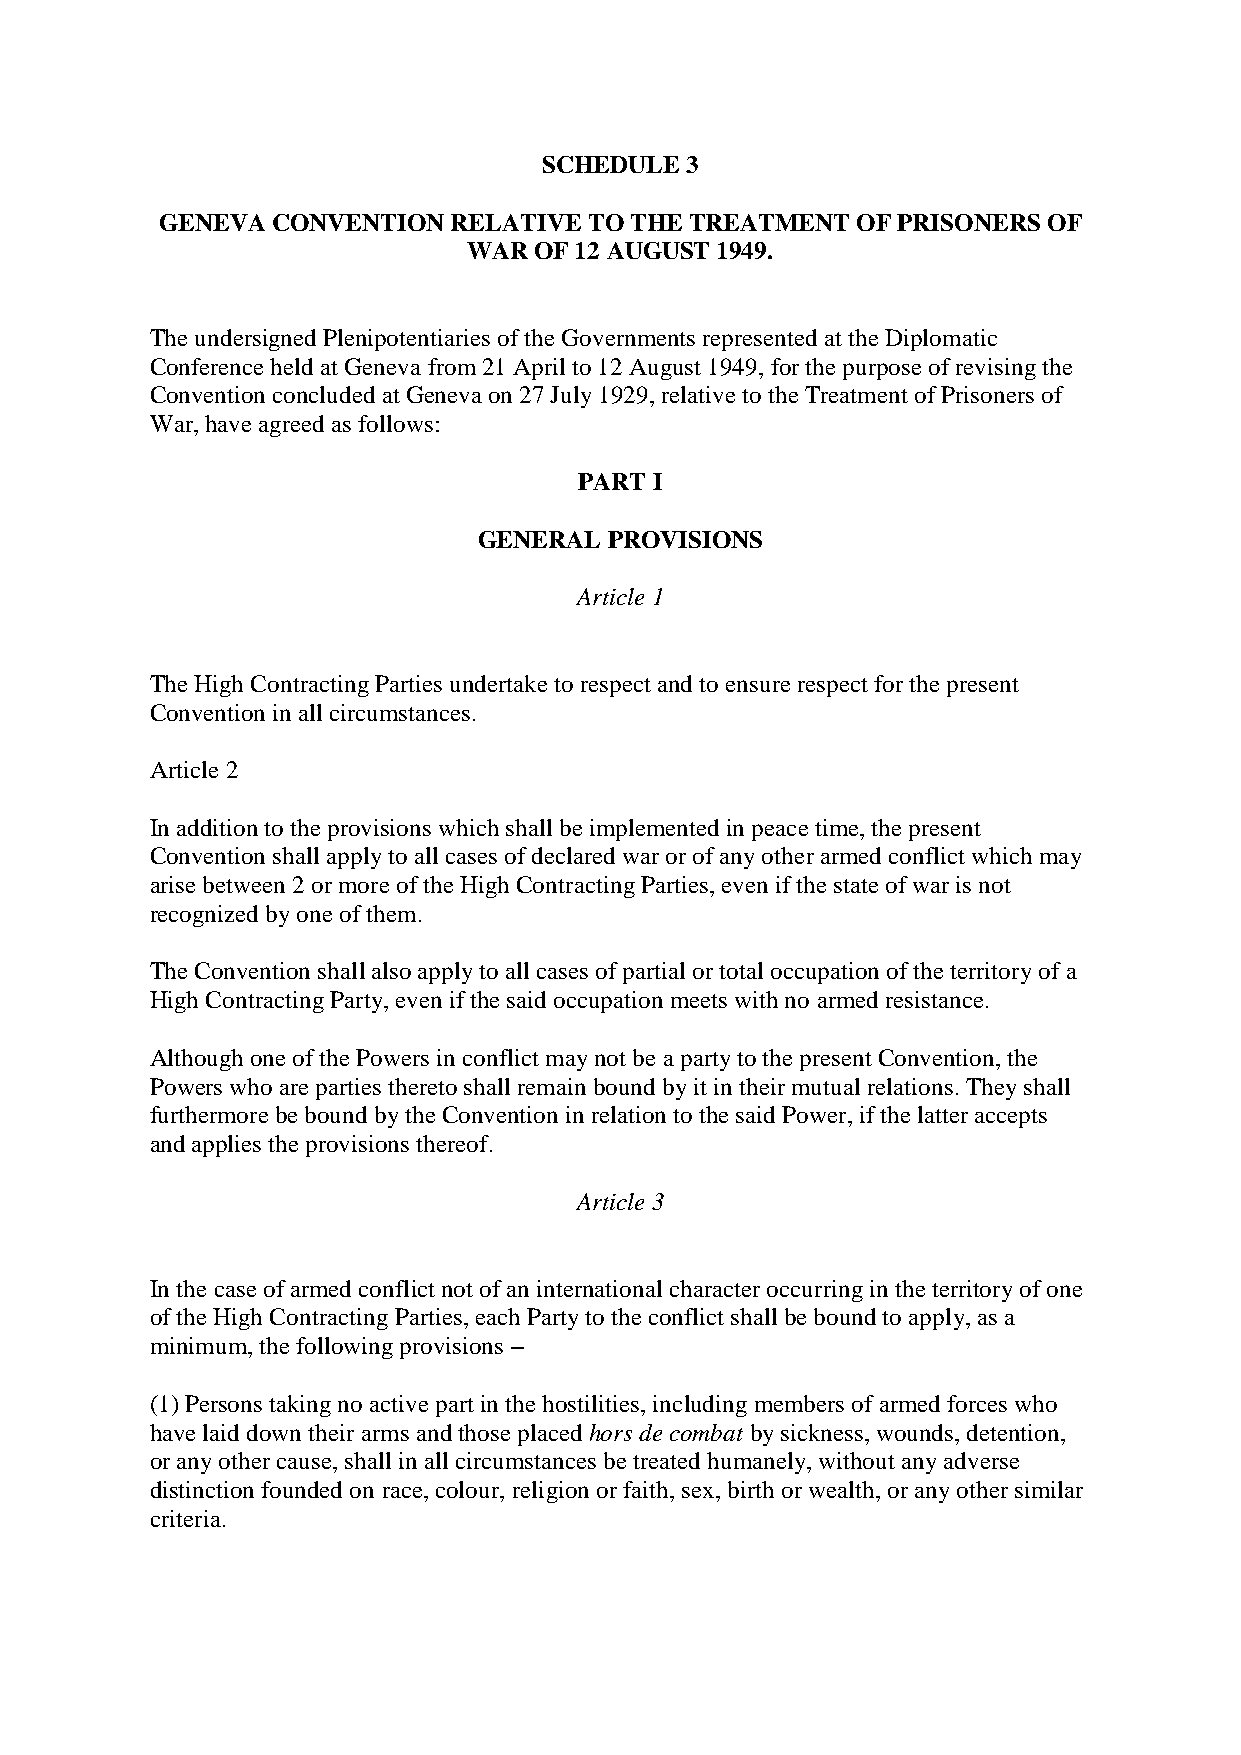
SCHEDULE 3
 GENEVA CONVENTION  RELATIVE TO THE TREATMENT  OF PRISONERS OF
 WAR OF 12 AUGUST 1949.
 The undersigned Plenipotentiaries of the Governments represented at the Diplomatic
 Conference held at Geneva from 21 April to 12 August 1949, for the purpose of revising the
 Convention concluded at Geneva on 27 July 1929, relative to the Treatment of Prisoners of
 War, have agreed as follows:
 PART I
 GENERAL PROVISIONS
 Article 1
 The High Contracting Parties undertake to respect and to ensure respect for the present
 Convention in all circumstances.
 Article 2
 In addition to the provisions which shall be implemented in peace time, the present
 Convention shall apply to all cases of declared war or of any other armed conflict which may
 arise between 2 or more of the High Contracting Parties, even if the state of war is not
 recognized by one of them.
 The Convention shall also apply to all cases of partial or total occupation of the territory of a
 High Contracting Party, even if the said occupation meets with no armed resistance.
 Although one of the Powers in conflict may not be a party to the present Convention, the
 Powers who are parties thereto shall remain bound by it in their mutual relations. They shall
 furthermore be bound by the Convention in relation to the said Power, if the latter accepts
 and applies the provisions thereof.
 Article 3
 In the case of armed conflict not of an international character occurring in the territory of one
 of the High Contracting Parties, each Party to the conflict shall be bound to apply, as a
 minimum, the following provisions –
 (1) Persons taking no active part in the hostilities, including members of armed forces who
 have laid down their arms and those placed hors de combat by sickness, wounds, detention,
 or any other cause, shall in all circumstances be treated humanely, without any adverse
 distinction founded on race, colour, religion or faith, sex, birth or wealth, or any other similar
 criteria.